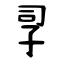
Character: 孠